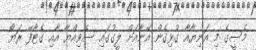
މެސީގެ މި އަނިޔާއާ ގުޅިގެން އޭނާއަށް ލީގުގައި ސެވިއްޔާ އާއި ގެޓާފޭ ރަޔޯ